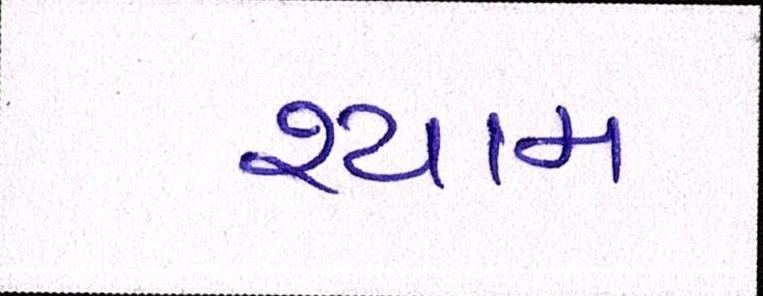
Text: શ્યામ